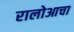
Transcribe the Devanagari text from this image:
रालोआचा